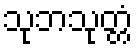
သုဘသုတ္တံ